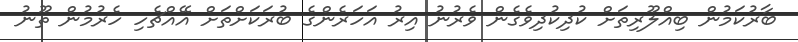
ބާރުކަމުން ބިއްލޫރިތަށް ކުދިކުދިވެގެން ވެރުނު އިރު އަހަރެންގެ ބުރަކަށްތަށް އޭއްޗެހި ހެރުމުން ތޫނު